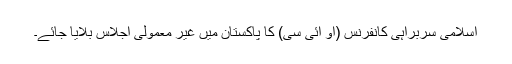
اسلامی سربراہی کانفرنس (او ائی سی) کا پاکستان میں غیر معمولی اجلاس بلایا جائے۔